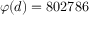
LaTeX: \varphi ( d ) = 8 0 2 7 8 6